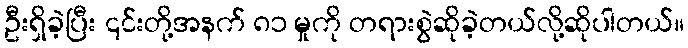
ဦးရှိခဲ့ပြီး ၎င်းတို့အနက် ၈၁ မှုကို တရားစွဲဆိုခဲ့တယ်လို့ဆိုပါတယ်။